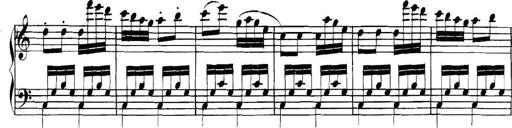
Title: Collected Piano Sonatas
Composer: Muzio Clementi